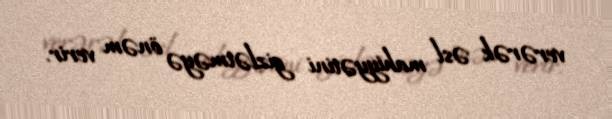
verərək əsl mahiyyətini gizlətməyə önəm verir.